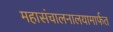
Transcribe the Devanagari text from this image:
महासंचालनालयामार्फत